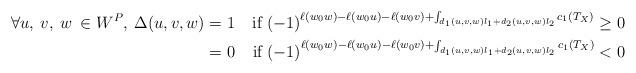
LaTeX: \begin{align*}\forall u, \: v, \: w \: \in W^P, \: \Delta(u,v,w)&=1 \: &\mathrm{if} \: (-1)^{\ell(w_0w) - \ell(w_0u) - \ell(w_0 v) + \int_{d_1(u,v,w) l_1 + d_2(u,v,w) l_2} c_1(T_X)} \geq 0 \\&=0 &\mathrm{if} \: (-1)^{\ell(w_0w) - \ell(w_0u) - \ell(w_0 v) + \int_{d_1(u,v,w) l_1 + d_2(u,v,w) l_2} c_1(T_X)} < 0\end{align*}